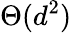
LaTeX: \Theta(d^{2})